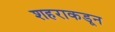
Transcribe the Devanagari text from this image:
शहराकडून